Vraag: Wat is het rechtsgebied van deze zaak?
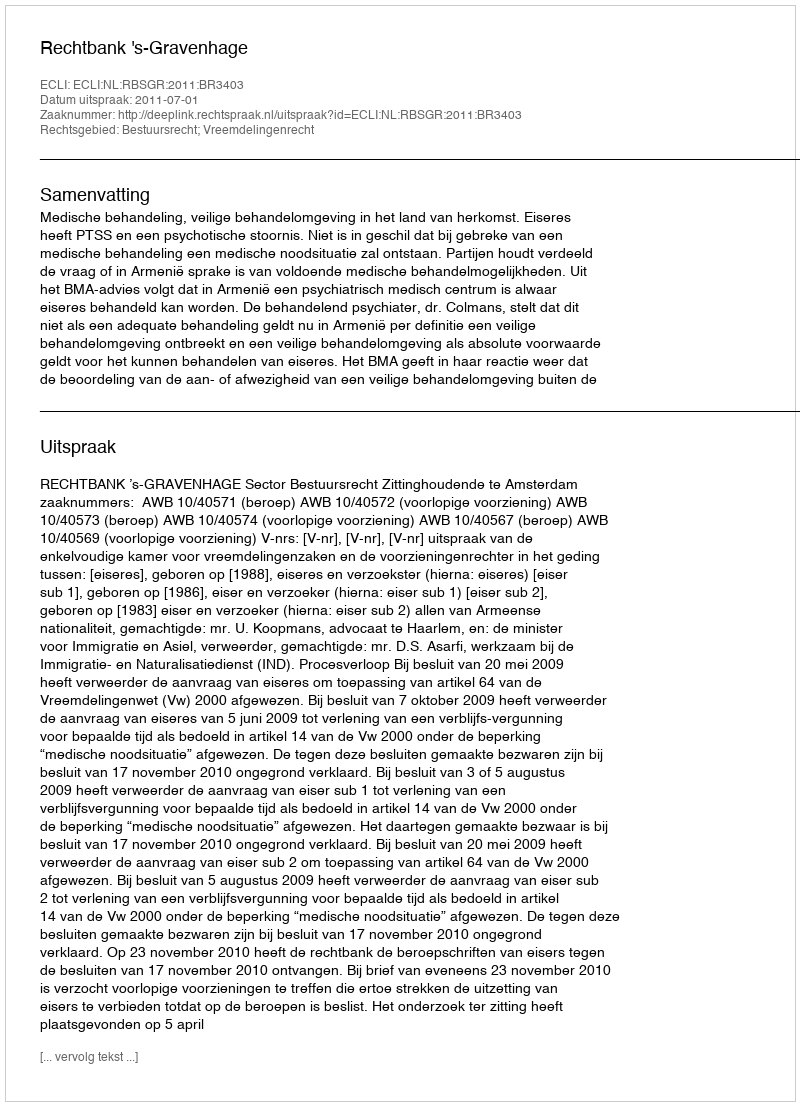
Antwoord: Bestuursrecht; Vreemdelingenrecht